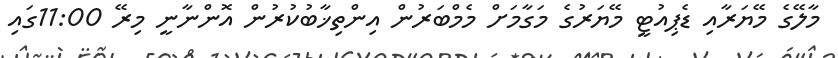
މާލޭގެ މޭޔަރާއި ޑެޕިއުޓީ މޭޔަރުގެ މަގާމަށް މެމްބަރުން އިންތިޚާބުކުރުން އޮންނާނީ މިރޭ 11:00ގައި